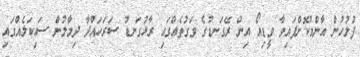
ފުލުހުން އާންމުކޮށްފައިވާ ވީޑިއޯ އިން ރޭގަނޑުގެ ވަގުތެއްގައި ރާޅުގަނޑު ސަރަހައްދާ ދިމާލުން ސައިކަލެއްގައި